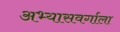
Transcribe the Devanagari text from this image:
अभ्यासवर्गाला